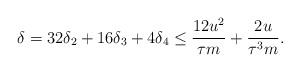
LaTeX: \begin{align*} \delta = 32\delta_2 + 16\delta_3 + 4\delta_4 \le \frac{12u^2}{\tau m} + \frac{2u}{\tau^3 m}. \end{align*}